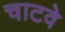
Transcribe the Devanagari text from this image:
चाटवे